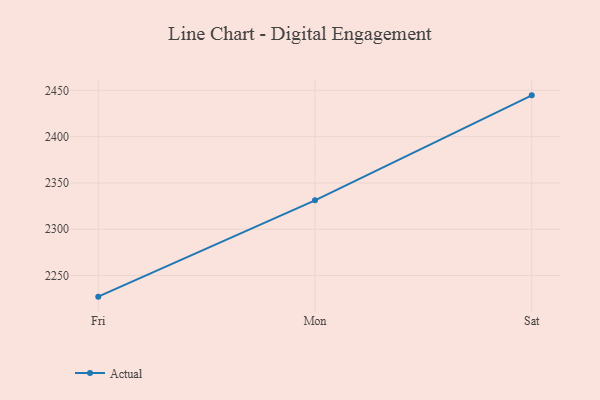
{"axis": {"x": "Day", "y": "Latency (ms)"}, "legend": ["Actual"], "data": [{"x": "Fri", "y": 2227.2, "type": "Actual"}, {"x": "Mon", "y": 2331.2, "type": "Actual"}, {"x": "Sat", "y": 2444.6, "type": "Actual"}]}